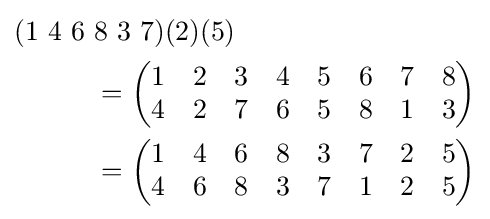
{\begin{aligned}(1\ 4\ 6\ &8\ 3\ 7)(2)(5)\\&={\begin{pmatrix}1&2&3&4&5&6&7&8\\4&2&7&6&5&8&1&3\end{pmatrix}}\\&={\begin{pmatrix}1&4&6&8&3&7&2&5\\4&6&8&3&7&1&2&5\end{pmatrix}}\end{aligned}}